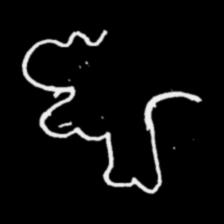
Pyu character \u2014 Myanmar letter: ဈ (romanized: jha)